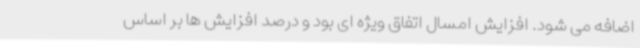
اضافه می شود. افزایش امسال اتفاق ویژه ای بود و درصد افزایش ها بر اساس